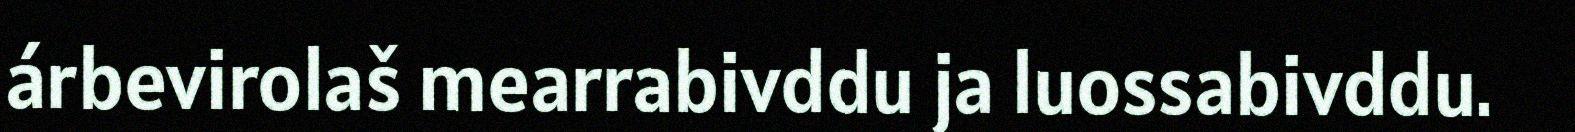
árbevirolaš mearrabivddu ja luossabivddu.